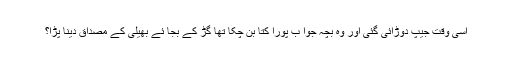
اسی وقت جیپ دوڑائی گئی اور وہ بچہ جوا ب پورا کتا بن چکا تھا گڑ کے بجا ئے بھیلی کے مصداق دینا پڑا؟